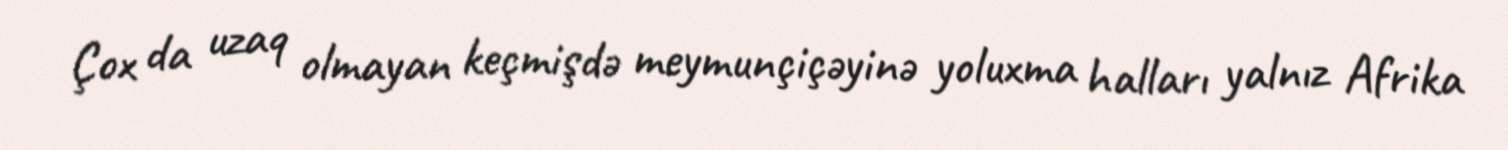
Çox da uzaq olmayan keçmişdə meymunçiçəyinə yoluxma halları yalnız Afrika